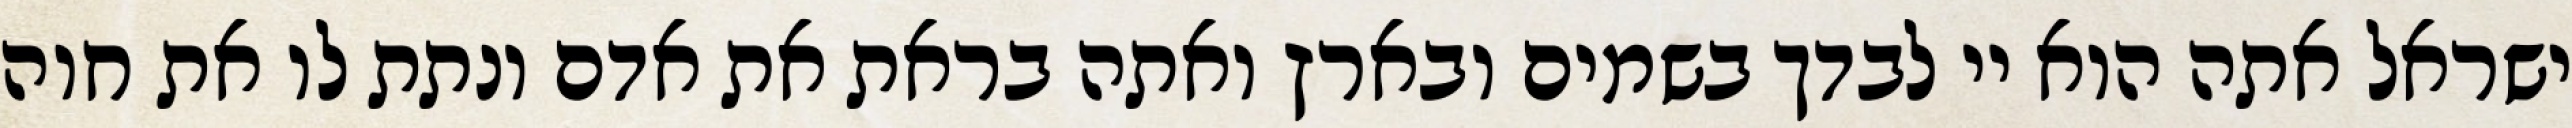
ישראל אתה הוא יי לבדך בשמים ובארץ ואתה בראת את אדם ונתת לו את חוה